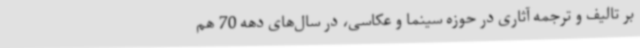
بر تالیف و ترجمه آثاری در حوزه سینما و عکاسی، در سال‌های دهه 70 هم